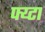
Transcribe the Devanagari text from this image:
फ्य्टा